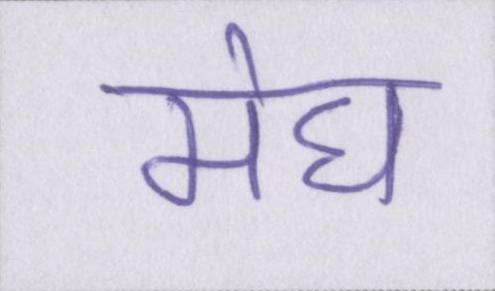
मेघ